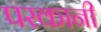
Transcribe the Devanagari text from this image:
परकानी